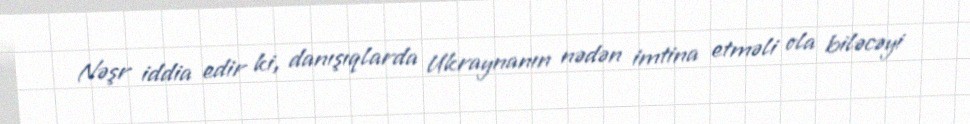
Nəşr iddia edir ki, danışıqlarda Ukraynanın nədən imtina etməli ola biləcəyi